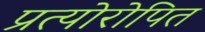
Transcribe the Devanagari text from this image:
प्रत्योरोपित